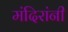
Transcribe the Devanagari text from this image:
मंदिरांनी